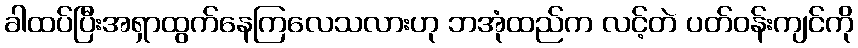
ခါထပ်ပြီးအရှာထွက်နေကြလေသလားဟု ဘအုံထည်က လင့်တဲ ပတ်ဝန်းကျင်ကို